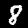
Label: 8